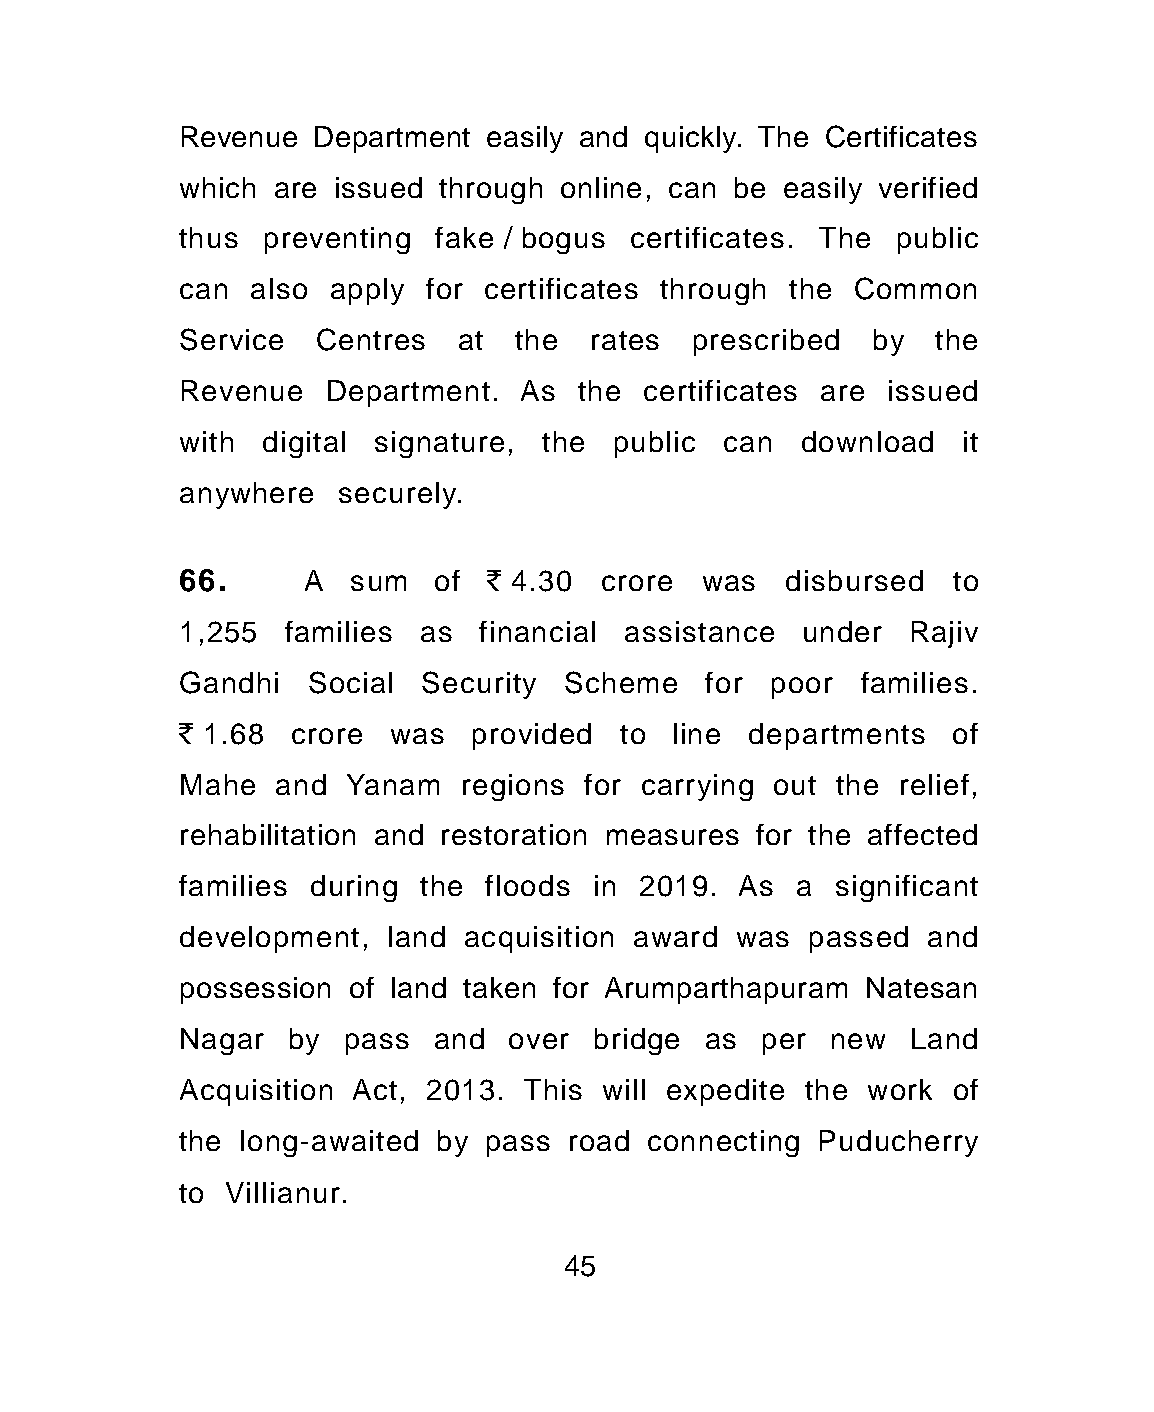
Revenue  Department easily and quickly. The Certificates
 which are issued through online, can be easily verified
 thus preventing  fake / bogus certificates. The public
 can also  apply for certificates through the Common
 Service  Centres  at  the  rates  prescribed  by  the
 Revenue  Department.  As  the certificates are issued
 with digital signature, the public  can  download   it
 anywhere  securely.
 66.     A  sum   of ` 4.30  crore was   disbursed  to
 1,255  families as  financial assistance under  Rajiv
 Gandhi  Social  Security Scheme    for poor  families.
 ` 1.68 crore  was  provided  to line departments   of
 Mahe  and  Yanam  regions  for carrying out the relief,
 rehabilitation and restoration measures for the affected
 families during the floods in 2019.  As  a significant
 development, land  acquisition award was passed  and
 possession of land taken for Arumparthapuram Natesan
 Nagar  by  pass  and  over bridge  as per  new  Land
 Acquisition Act, 2013. This will expedite the work of
 the long-awaited by pass road  connecting Puducherry
 to Villianur.
 45